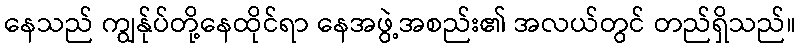
နေသည် ကျွန်ုပ်တို့နေထိုင်ရာ နေအဖွဲ့အစည်း၏ အလယ်တွင် တည်ရှိသည်။